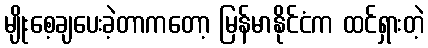
မျိုးစေ့ချပေးခဲ့တာကတော့ မြန်မာနိုင်ငံက ထင်ရှားတဲ့